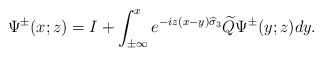
\begin{align*}\Psi^{\pm}(x;z)=I+\int_{\pm \infty}^xe^{-iz(x-y)\widehat{\sigma}_3}\widetilde{Q}\Psi^{\pm}(y;z)dy.\end{align*}